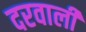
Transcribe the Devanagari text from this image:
दरवाली